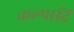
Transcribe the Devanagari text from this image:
कल्पादि